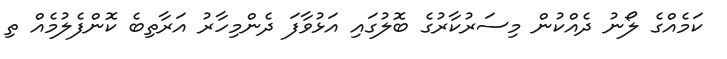
ކަމެއްގެ ލޯނު ދެއްކުން މިސަރުކާރުގެ ބޮލުގައި އަޅުވާފަ ދެންމިހާރު އަރާތިބެ ކޮންފެލުމެއް ތި